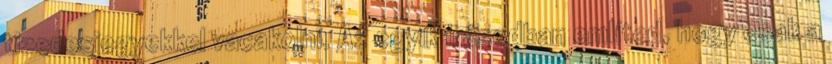
tizedesjegyekkel vacakolni. Az egyik írásodban említed, hogy csak a